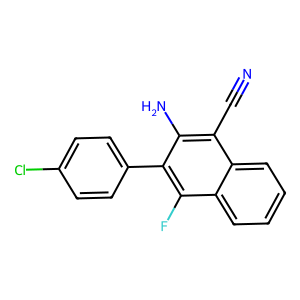
SMILES: N#Cc1c(N)c(-c2ccc(Cl)cc2)c(F)c2ccccc12
Inhibits HIV replication: No